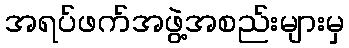
အရပ်ဖက်အဖွဲ့အစည်းများမှ